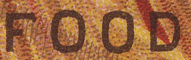
FOOD